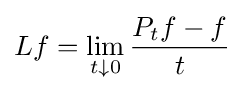
Lf=\lim \limits _{t\downarrow 0}{\frac {P_{t}f-f}{t}}